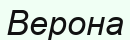
Верона